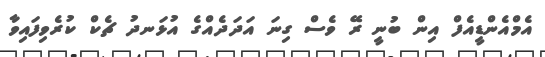
އެމްއެންޑީއެފް އިން ބުނީ ރޭ ވެސް ގިނަ އަދަދެއްގެ އުޅަނދު ޗެކް ކުރެވިފައިވާ